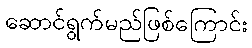
ဆောင်ရွက်မည်ဖြစ်ကြောင်း